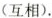
(互动).